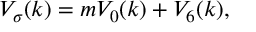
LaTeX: V _ { \sigma } ( k ) = m V _ { 0 } ( k ) + V _ { 6 } ( k ) ,